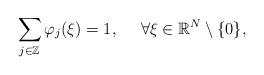
LaTeX: \begin{align*} \sum_{j\in\mathbb{Z}}\varphi_j(\xi)=1,\ \ \ \ \forall \xi\in\mathbb{R}^N \setminus \{0\},\end{align*}